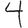
Digit: 4